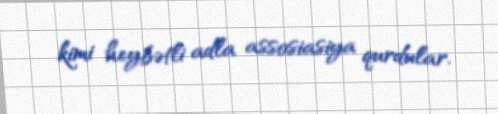
kimi heybətli adla assosiasiya qurdular.